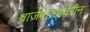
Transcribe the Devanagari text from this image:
श्वार्ज़वाल्डवेरीन